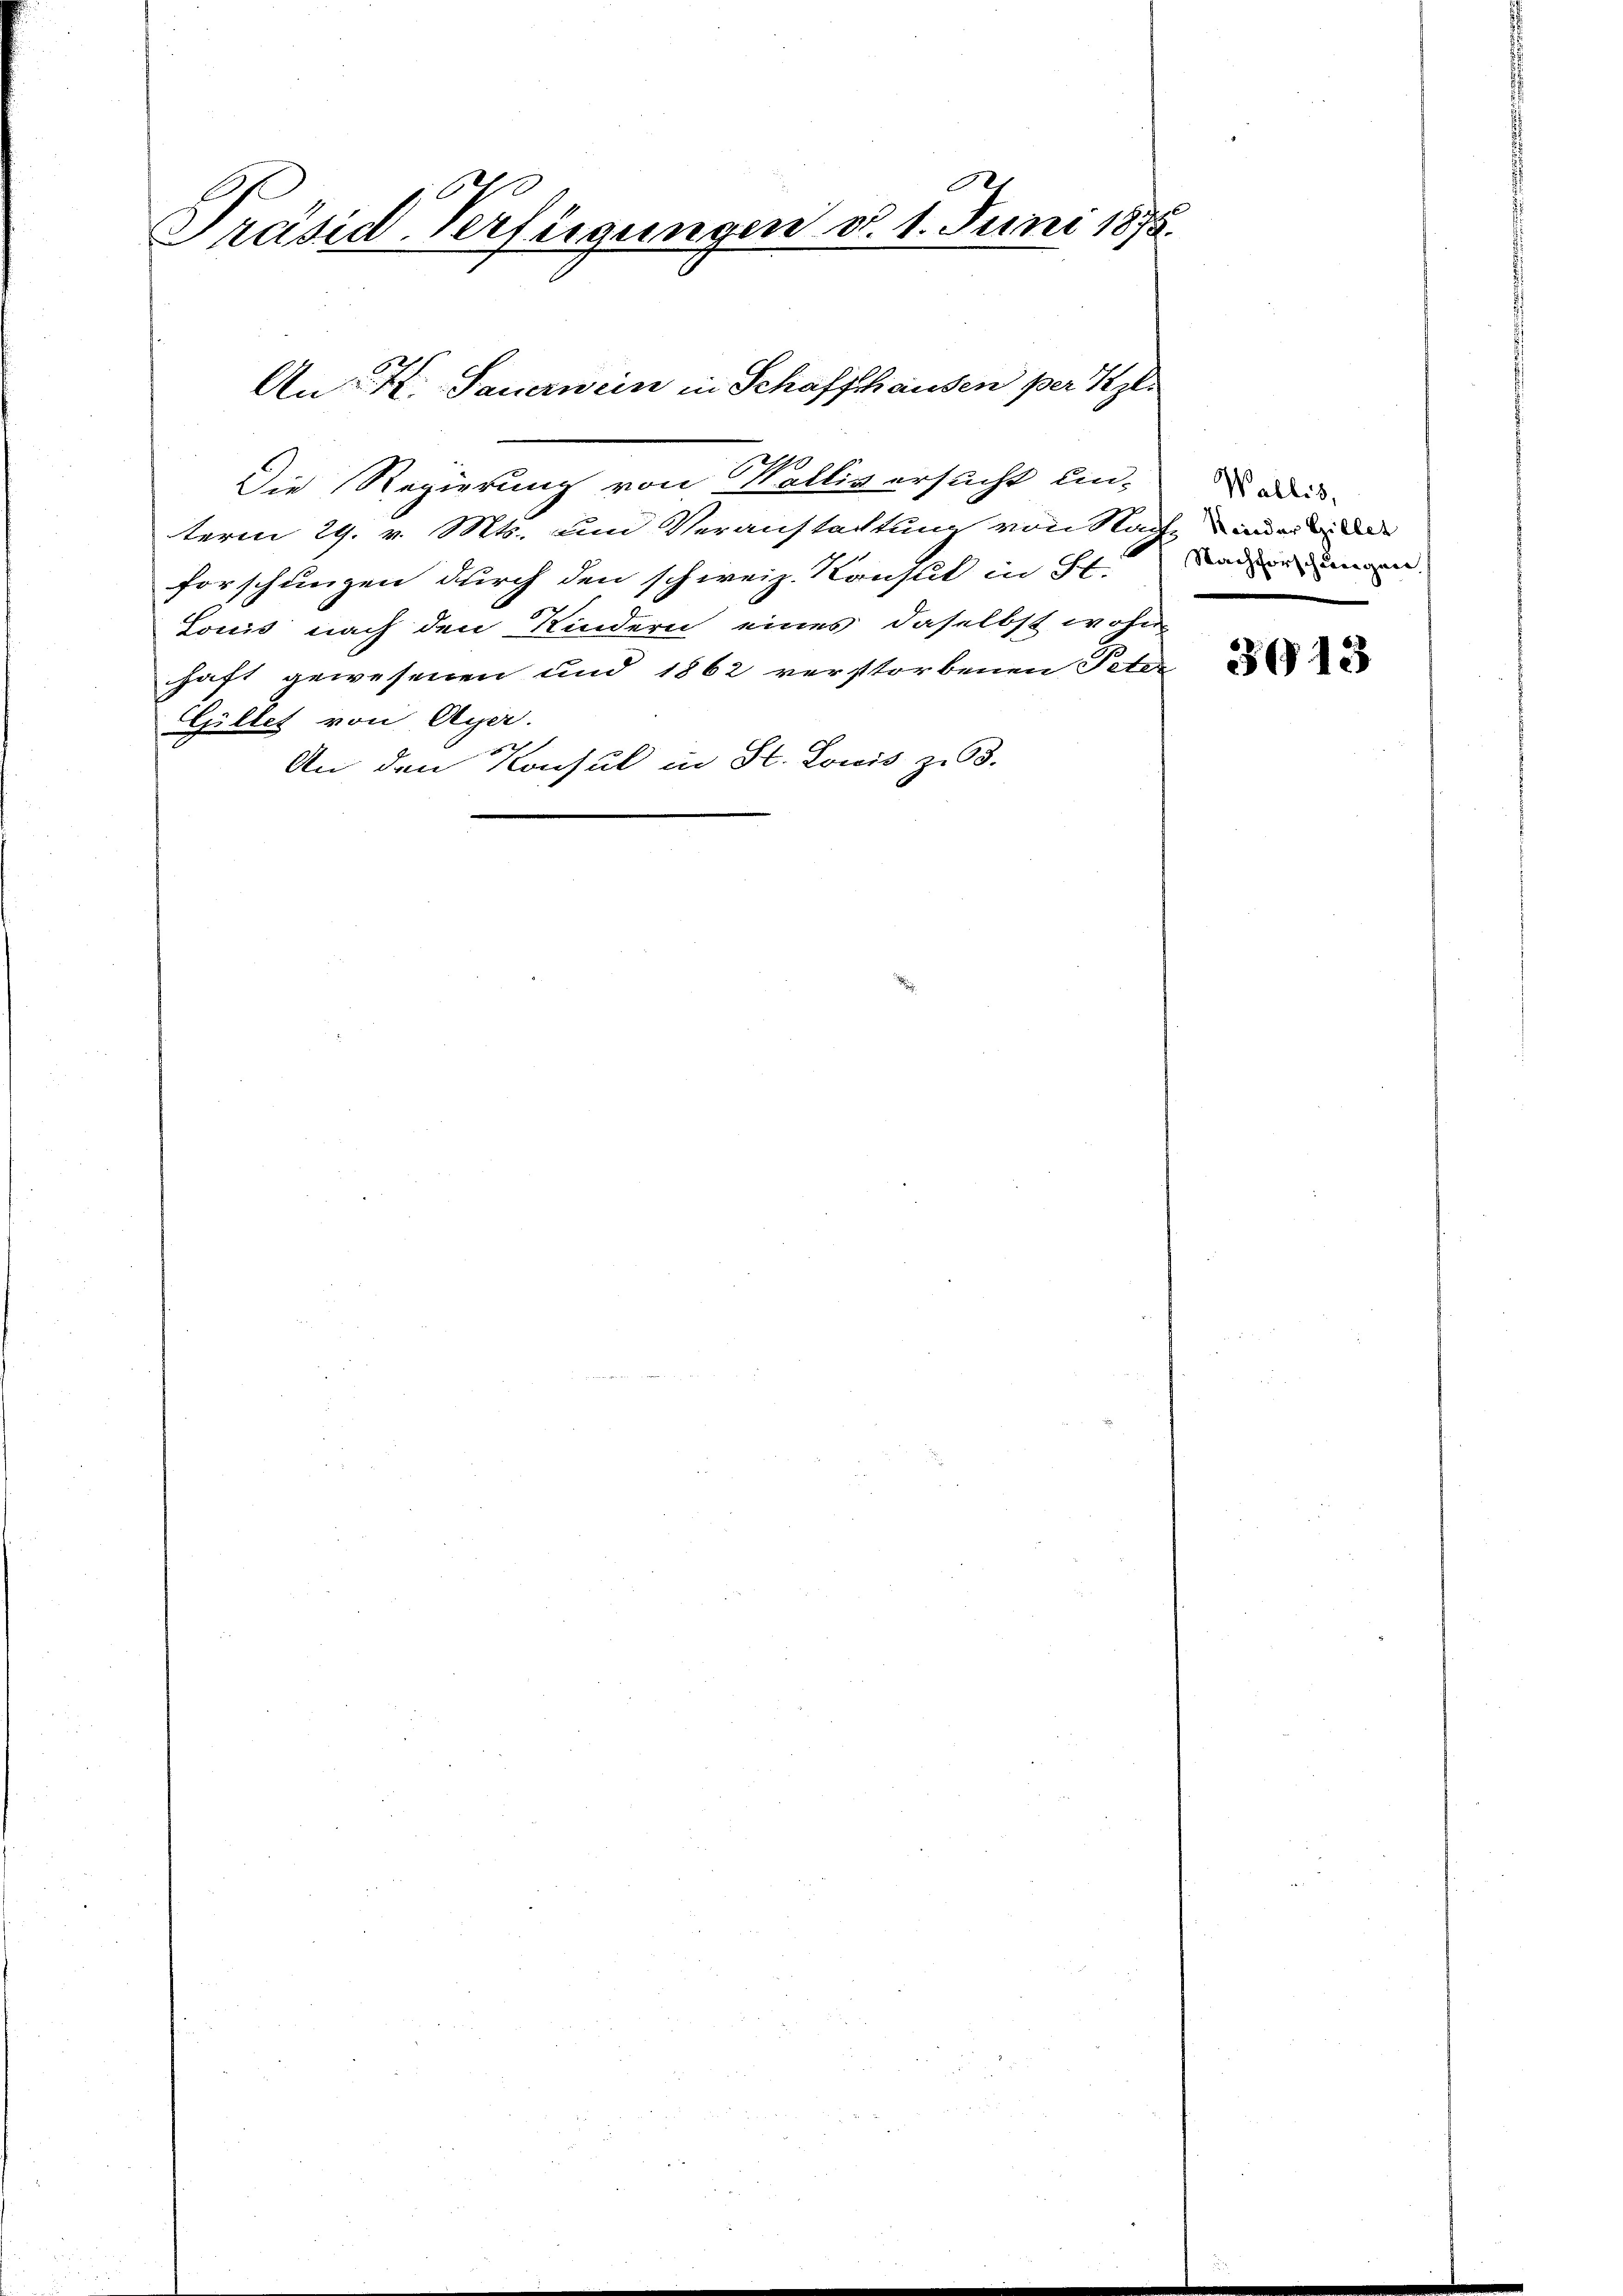
1
.
Präsid-Verfügungen d. 1. Juni 1875.

An K. Sauerwein in Schaffhausen per Kgl.

Die Regierung von Wallis ersucht un-
term 29. v. Mts. um Veranstachtung von Na
forschungen durch den schweiz. Konsul in St
Louis nach den Kindern eines daselbst wohl
haft gewesenen und 1862 verstorbenen Pete
Gillet von Ayer.
5
An den Konsul in St. Lonis zu 3.

Wallis,
Nieder Gillet
s
Nachforschungen.
a

3613